Cholera in southern India
Disease focus: Cholera
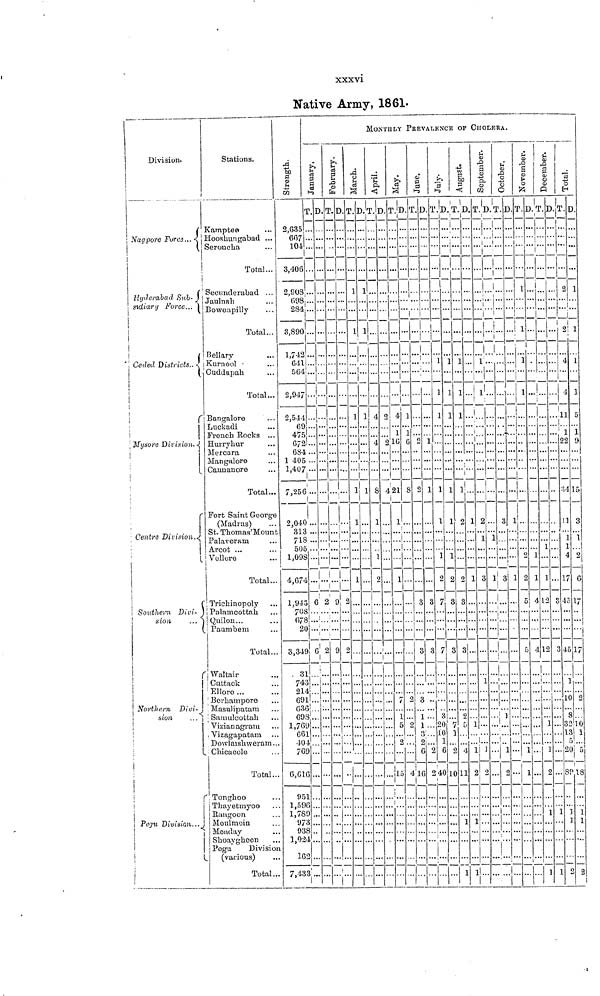
xxxvi
Native Army, 1861.
Division.
Nagpore
Force
Hyderabad Sub-
sidiary Force...
Coded Districts,.
Mysore Division.
r
Centre Division.
Southern
Divi.
sion
r
|
!
Northern Divi-
sion
...
i
(
Pegu Division...
¡
Stations.
Kamptee
Hooshungabad ...
Seroncha
Total...
Secunderabad ...
Jaulnah
Bowenpilly
...
Total...
Bellary
Kurnool
Cuddapah
Total...
Bangalore
Luckadi
French Rocks ...
Hurryhur
Mercara
Mangalore
Cannanore
Total...
Fort Saint George
(Madras)
St. Thomas' Mount
Palaveram
Arcot ...
Vellore
Total...
Trichinopoly
Palamcottah
Quilon...
Total...
Waltair
Cuttack
Ellore ...
Borhampore
Masulipatam
Samulcottah
Vizianagram
Vizagapatam
Dowlaishweram...
Total...
Tonghoo
Thayetmyoo
Rangoon
Moulmein
Meaday
Shoaygheen
Pegu
Division
(various)
Total...
Strength.
2,635
667
10-1
3,406
2,908
698
284
3,890
1,742
641
564
2,947
2,544
69
475
672
684
1 405
1,407
7,256
2,040
313
718
505
1,098
4,674
1,943
708
678
20
3,349
. 31
743
214
691
636
698
1,769
661
404
762
6,616
951
1,596
1,789
973
938
1 024
165
7,433
January.
T.
—
...
6
! 6
...
...
D.
—
...
2
2
!
February.
T.
...
...
9
...
9
...
D.
.
...
2
...
2
1
MONTHLY PREVALENCE OF CHOLERA.
March.
T.
1
1
1
...
1
...
1
D.
1
1
1
1
...
April.
T.
—
4
4
8
.
D.
—
2
..
4
May.
T.
...
4
1
10
21
1
...
1
1
7
1
5
2
15
!
!
D.
1
1
6
8
...
0
2
4
June.
T.
2
3
3
i 3
1
1
2 G
16
D.
1
1
3
3
2
!
July.
T.
1
1
1
1
7
7
3
20
10
]
6
40
D.
1
1
1
1
1
1
2
3
3
1
2
10
!..
August.
T.
1
1
1
2
0
3
9
r
4
11
1
1
...
...
1
1
•
1
:
1
September.
T.
1'
1
2
1
3
1
..
1..
<
.
D.
1
1
October.
T.
3
3
i
1
1
1
2
!..
D.
....
"i
...
1
1
..
••
November.
T.
1
1
1
1
...
2
5
|
i...
1
1
D.
i
...
1
1
4
December.
T.
...
...
...
1
1
12
12
1
2
1
1
D.
..
3
3
1
1
Total.
T.
2
2
4
4
11
1
22
34
11
1
4
17
4
4
1
10
8
32
13
r
89
]
]
D.
1
1
1
1. 5
3
1
2
6
17
i
17
2
ho
¡1
5
18
1
1
s